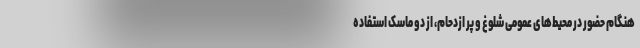
هنگام حضور در محیط‌های عمومی شلوغ و پر ازدحام، از دو ماسک استفاده